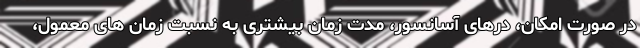
در صورت امکان، درهای آسانسور، مدت زمان بیشتری به نسبت زمان های معمول،